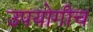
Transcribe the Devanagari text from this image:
उपयोगीच